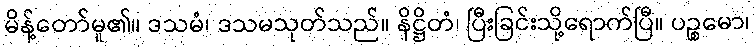
မိန့်တော်မူ၏။ ဒသမံ၊ ဒသမသုတ်သည်။ နိဋ္ဌိတံ၊ ပြီးခြင်းသို့ရောက်ပြီ။ ပဉ္စမော၊